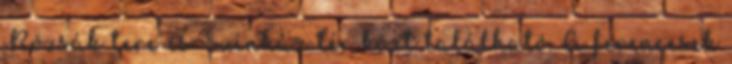
Rózsák tere és Színház tér közt található. A ferencesek